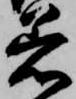
着